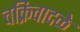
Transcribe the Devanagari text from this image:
चक्रिवादळे